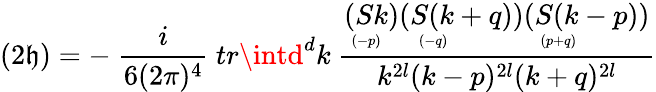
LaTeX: (2\mathfrak{h})=-\ \frac{{i}}{{6(2\pi)^{4}}}\ tr\intd^{d}k\ \frac{{\stackrel{\displaystyle(Sk)}{\scriptscriptstyle(-p)\phantom{+}}\stackrel{\displaystyle(S(k+q))}{\scriptscriptstyle(-q)\phantom{+qqqqqqq}}\stackrel{\displaystyle(S(k-p))}{\scriptscriptstyle(p+q)\phantom{+qqqqqqq}}}}{{k^{2l}(k-p)^{2l}(k+q)^{2l}}}